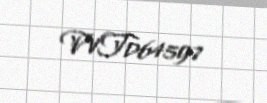
WT064597